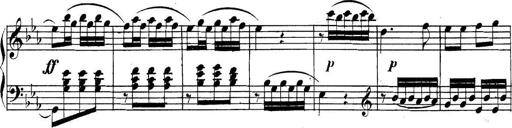
Title: Collected Piano Sonatas
Composer: Muzio Clementi